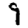
Digit: 9